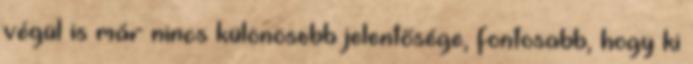
végül is már nincs különösebb jelentősége, fontosabb, hogy ki